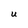
Character: U